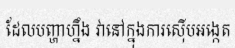
ដែលបញ្ហាហ្នឹង វានៅក្នុងការស៊ើបអង្កេត